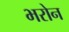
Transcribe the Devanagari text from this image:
भरोन